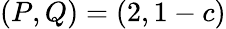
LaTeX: (P,Q)=(2,1-c)